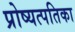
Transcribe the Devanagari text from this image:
प्रोष्यत्पतिका